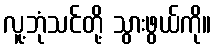
လူ့ဘုံသင်တို့ သွားဖွယ်ကို။